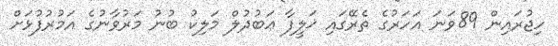
ހިޖުރައިން 89ވަނަ އަހަރުގެ ތެރޭގައި ޚަލީފާ ޢަބުދުލް މަލިކު ބުނު މަރުވާނުގެ އަމުރުފުޅަށް